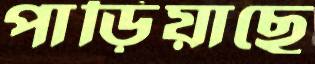
পাড়িয়াছে